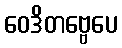
ဝေဒိတဗ္ဗေပေ